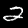
Digit: 2